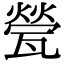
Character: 甇